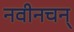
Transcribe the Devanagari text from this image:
नवीनचन्